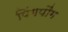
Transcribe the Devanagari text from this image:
पिंगपौंग